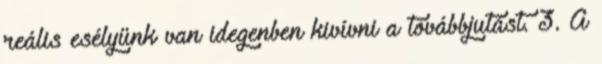
reális esélyünk van idegenben kivívni a továbbjutást. 3. A